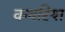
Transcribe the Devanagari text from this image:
कथरिया